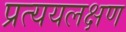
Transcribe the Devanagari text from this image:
प्रत्ययलक्षण